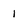
Character: l